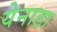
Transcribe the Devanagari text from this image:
येनाडा